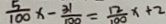
\frac { 5 } { 1 0 0 } x - \frac { 3 1 } { 1 0 0 } = \frac { 1 2 } { 1 0 0 } x + 2